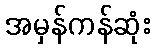
အမှန်ကန်ဆုံး